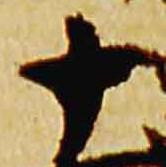
十